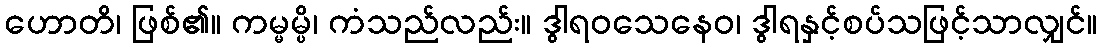
ဟောတိ၊ ဖြစ်၏။ ကမ္မမ္ပိ၊ ကံသည်လည်း။ ဒွါရဝသေနေဝ၊ ဒွါရနှင့်စပ်သဖြင့်သာလျှင်။